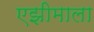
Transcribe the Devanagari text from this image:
एझीमाला